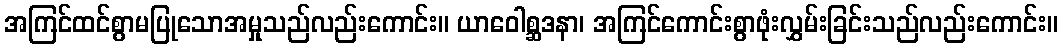
အကြင်ထင်စွာမပြုသောအမှုသည်လည်းကောင်း။ ယာဝေါစ္ဆဒနာ၊ အကြင်ကောင်းစွာဖုံးလွှမ်းခြင်းသည်လည်းကောင်း။